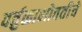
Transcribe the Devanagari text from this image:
वर्तुळाभोवतीचे